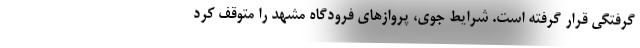
گرفتگی قرار گرفته است. شرایط جوی، پروازهای فرودگاه مشهد را متوقف کرد